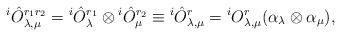
LaTeX: \begin{align*}{}^{i}\hat{O}^{r_{1}r_{2}}_{\lambda,\mu}={}^{i}\hat{O}^{r_{1}}_{\lambda}\otimes{}^{i}\hat{O}^{r_{2}}_{\mu}\equiv{}^{i}\hat{O}^{r}_{\lambda,\mu}={}^{i}O^{r}_{\lambda,\mu}(\alpha_{\lambda}\otimes \alpha_{\mu}),\end{align*}